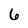
Character: 6